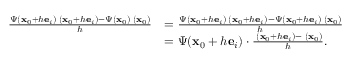
\begin{array} { r l } { \frac { \Psi ( \mathbf x _ { 0 } + h \mathbf e _ { i } ) \mathbf \Phi ( \mathbf x _ { 0 } + h \mathbf e _ { i } ) - \Psi ( \mathbf x _ { 0 } ) \mathbf \Phi ( \mathbf x _ { 0 } ) } { h } } & { = \frac { \Psi ( \mathbf x _ { 0 } + h \mathbf e _ { i } ) \mathbf \Phi ( \mathbf x _ { 0 } + h \mathbf e _ { i } ) - \Psi ( \mathbf x _ { 0 } + h \mathbf e _ { i } ) \mathbf \Phi ( \mathbf x _ { 0 } ) } { h } } \\ & { = \Psi ( \mathbf x _ { 0 } + h \mathbf e _ { i } ) \cdot \frac { \mathbf \Phi ( \mathbf x _ { 0 } + h \mathbf e _ { i } ) - \mathbf \Phi ( \mathbf x _ { 0 } ) } { h } . } \end{array}